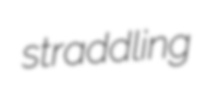
straddling